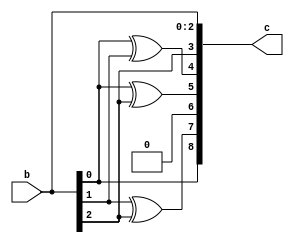
module encoder (b,c);
	output [8:0] c;

	input [2:0] b;

	reg [8:0] c;

	always @(b)
	begin
		c[0] = b[0];
		c[1] = b[1];
		c[2] = b[2];
		c[3] = b[2];
		c[4] = b[0] ^ b[1];
		c[5] = b[0] ^ b[2];
		c[6] = 1'b0;
		c[7] = b[1] ^ b[2];
		c[8] = b[0];
	end
endmodule